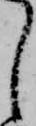
し